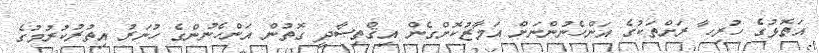
އަތޮޅުގެ ހުރިހާ ރަށްތަކުގެ އަންހެނުންނަށް އަމާޒުކޮށްގެން އިޤްތިޞާދީ ގޮތުން އަންހެނުންގެ ހުނަރު އިތުރުކުރުމުގެ